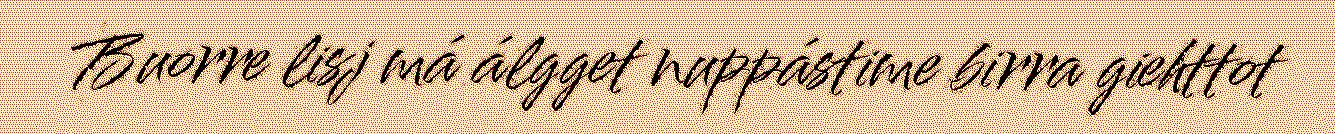
Buorre lisj má álgget nuppástime birra giehttot